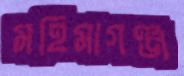
মহিমাগঞ্জ